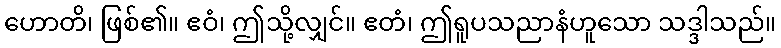
ဟောတိ၊ ဖြစ်၏။ ဧဝံ၊ ဤသို့လျှင်။ ဧတံ၊ ဤရူပသညာနံဟူသော သဒ္ဒါသည်။